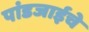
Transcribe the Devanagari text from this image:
पांडजाईचे